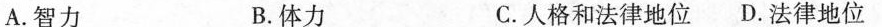
A.智力 B.体力 C.人格和法律地位D.法律地位